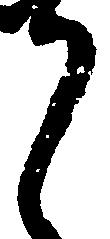
之